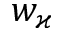
w _ { \varkappa }